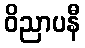
ဝိညာပနီ